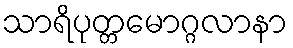
သာရိပုတ္တမောဂ္ဂလာနာ